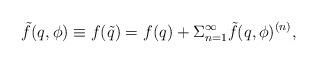
LaTeX: \begin{align*}\tilde f(q,\phi )\equiv f(\tilde q)=f(q)+\Sigma _{n=1}^\infty \tilde f(q,\phi )^{(n)},\end{align*}